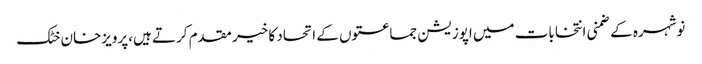
نوشہرہ کے ضمنی انتخابات میں اپوزیشن جماعتوں کے اتحاد کا خیر مقدم کرتے ہیں،پرویزخان خٹک